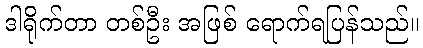
ဒါရိုက်တာ တစ်ဦး အဖြစ် ရောက်ရပြန်သည်။